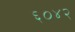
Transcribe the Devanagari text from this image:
६०४२